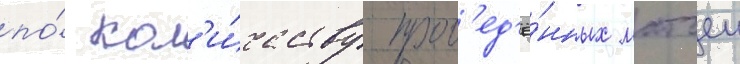
по́ кол'и́честву пров'ед'ё́нных матчеи